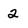
Character: 2